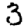
Digit: 3